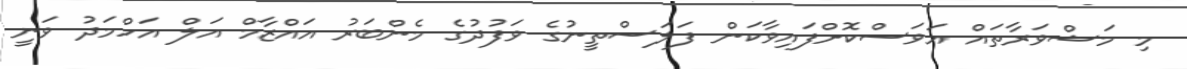
މި މަޝްވަރާތައް އަވަސްކޮށްފައިވާކަން ފަލަސްތީނުގެ ވަފުދުގެ މެންބަރު އައްޒާމް އަލް އަހްމަދު ވަނީ